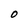
Character: O